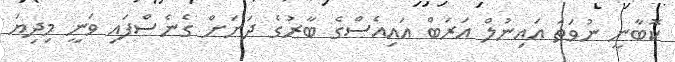
ކޮބާނީ ނުވަތަ އައިނުލް އަރަބް އައިއެސްގެ ބާރުގެ ދަށަށް ގެނެސްފައި ވަނީ މިދިޔަ